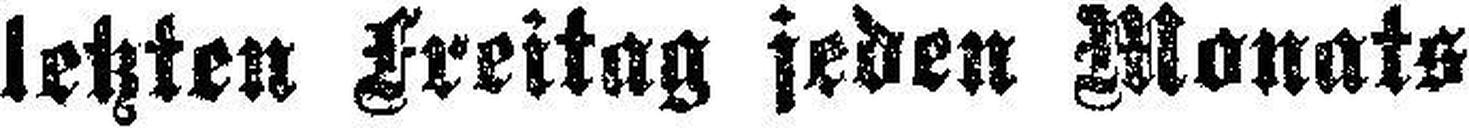
letzten Freitag jeden Monats